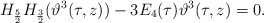
\begin{align*}H_{\frac 52}H_{\frac 32}(\vartheta^3(\tau,z))-3E_4(\tau)\vartheta^3(\tau,z)=0.\end{align*}